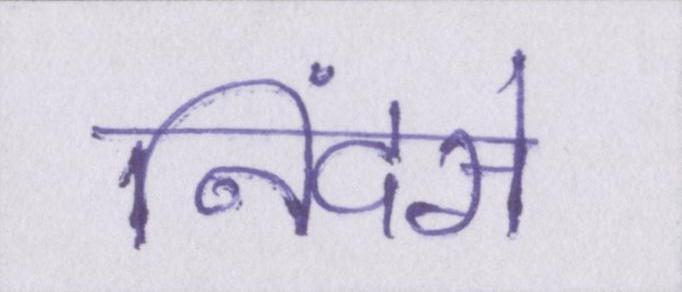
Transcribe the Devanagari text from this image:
निंदसे